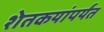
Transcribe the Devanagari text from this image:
शेतकयांपर्यंत